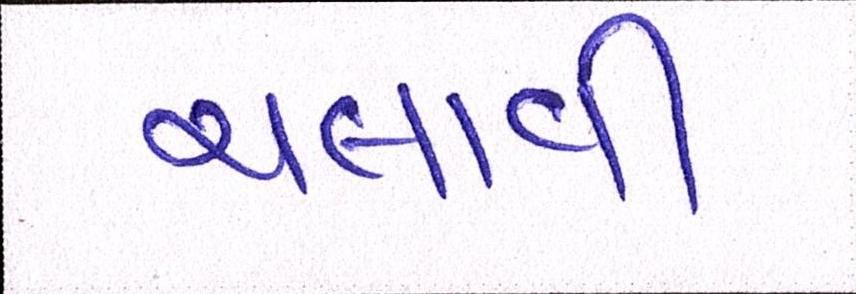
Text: ચલાવી